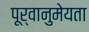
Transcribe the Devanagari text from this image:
पूर्वानुमेयता